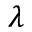
\lambda